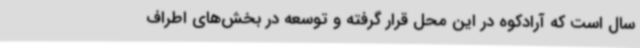
سال است که آرادکوه در این محل قرار گرفته و توسعه در بخش‌های اطراف